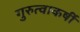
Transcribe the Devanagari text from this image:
गुरुत्वाकर्षी